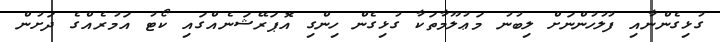
ގުޅިގެންނާއި ފުލުހުންނަށް ލިބުނު މަޢުލޫމާތަކާ ގުޅިގެން ހިންގި އޮޕަރޭޝަނެއްގައި ކޯޓު އަމުރެއްގެ ދަށުން